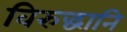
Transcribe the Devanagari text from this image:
विरुद्धानि